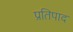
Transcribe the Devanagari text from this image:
प्रतिपाद